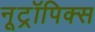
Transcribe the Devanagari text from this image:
नूट्रॉपिक्स